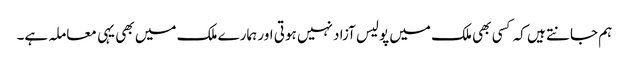
ہم جانتے ہیں کہ کسی بھی ملک میں پولیس آزاد نہیں ہوتی اور ہمارے ملک میں بھی یہی معاملہ ہے۔